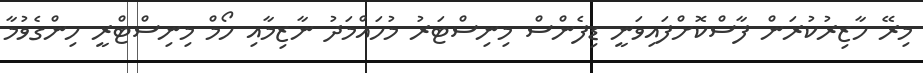
މިރޭ ހާޒިރުކުރަން ފާސްކޮށްފައިވަނީ ޑިފެންސް މިނިސްޓަރު މުހައްމަދު ނާޒިމާއި ހޯމް މިނިސްޓްރީ ހިންގެވުމާ